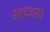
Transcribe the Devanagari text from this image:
शब्दांवरचे